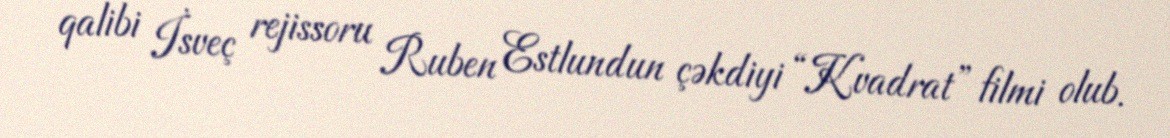
qalibi İsveç rejissoru Ruben Estlundun çəkdiyi “Kvadrat” filmi olub.